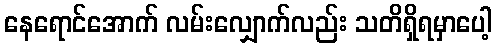
နေရောင်အောက် လမ်းလျှောက်လည်း သတိရှိရမှာပေါ့